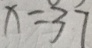
x = 3 7